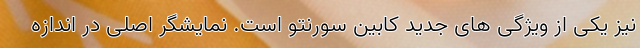
نیز یکی از ویژگی های جدید کابین سورنتو است. نمایشگر اصلی در اندازه